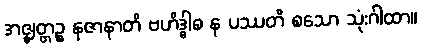
အဇ္ဈတ္တဉ္စ နဇာနာတိ ဗဟိဒ္ဓါစ န ပဿတိ စသော သုံးဂါထာ။